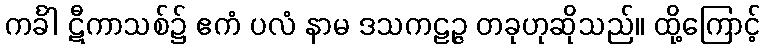
ကင်္ခါ ဋီကာသစ်၌ ဧကံ ပလံ နာမ ဒသကဠဉ္ဇ တခုဟုဆိုသည်။ ထို့ကြောင့်